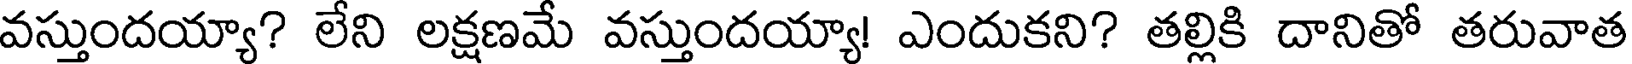
వస్తుందయ్యా? లేని లక్షణమే వస్తుందయ్యా! ఎందుకని? తల్లికి దానితో తరువాత